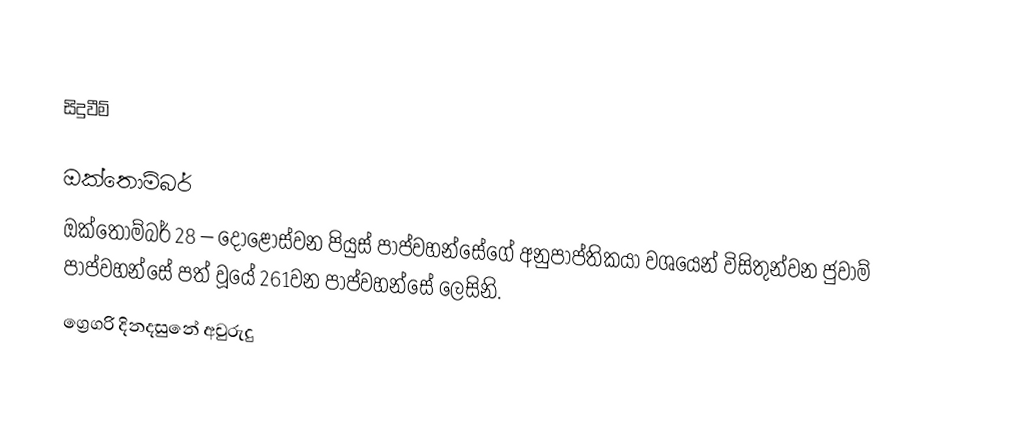

සිදුවීම්

ඔක්තොම්බර්
 ඔක්තොම්බර් 28 –  දොළොස්වන පියුස් පාප්වහන්සේගේ අනුපාප්තිකයා වශයෙන් විසිතුන්වන ජුවාම් පාප්වහන්සේ පත් වූයේ 261වන පාප්වහන්සේ ලෙසිනි.
ග්‍රෙගරි දිනදසුනේ අවුරුදු